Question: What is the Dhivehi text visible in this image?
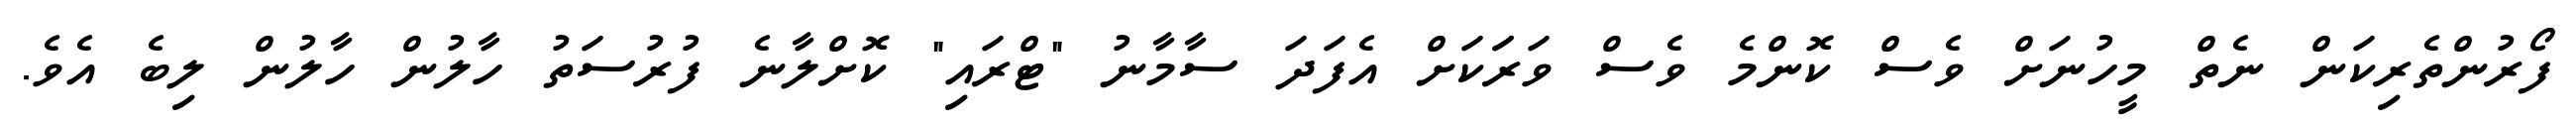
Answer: ފޯރުންތެރިކަން ނެތް މީހުނަށް ވެސް ކޮންމެ ވެސް ވަރަަކަށް އެފަދަ ސާމާނު "ޓްރައި" ކޮށްލާނެ ފުރުސަތު ހާލުން ހާލުން ލިބެ އެވެ.